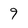
Character: 9